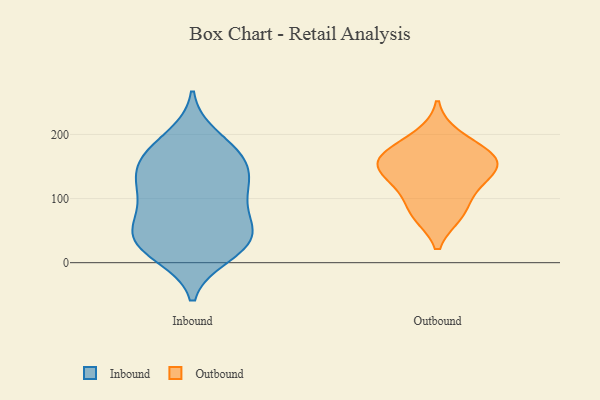
{"axis": {"x": "Humidity (%)", "y": "Value"}, "legend": ["Inbound", "Outbound"], "data": [{"x": "", "y": 166, "type": "Inbound"}, {"x": "", "y": 197, "type": "Inbound"}, {"x": "", "y": 103, "type": "Inbound"}, {"x": "", "y": 161, "type": "Inbound"}, {"x": "", "y": 68, "type": "Inbound"}, {"x": "", "y": 23, "type": "Inbound"}, {"x": "", "y": 122, "type": "Inbound"}, {"x": "", "y": 57, "type": "Inbound"}, {"x": "", "y": 148, "type": "Inbound"}, {"x": "", "y": 49, "type": "Inbound"}, {"x": "", "y": 112, "type": "Inbound"}, {"x": "", "y": 50, "type": "Inbound"}, {"x": "", "y": 29, "type": "Inbound"}, {"x": "", "y": 16, "type": "Inbound"}, {"x": "", "y": 157, "type": "Inbound"}, {"x": "", "y": 131, "type": "Inbound"}, {"x": "", "y": 99, "type": "Inbound"}, {"x": "", "y": 41, "type": "Inbound"}, {"x": "", "y": 11, "type": "Inbound"}, {"x": "", "y": 182, "type": "Inbound"}, {"x": "", "y": 198, "type": "Outbound"}, {"x": "", "y": 127, "type": "Outbound"}, {"x": "", "y": 168, "type": "Outbound"}, {"x": "", "y": 159, "type": "Outbound"}, {"x": "", "y": 75, "type": "Outbound"}, {"x": "", "y": 113, "type": "Outbound"}, {"x": "", "y": 149, "type": "Outbound"}, {"x": "", "y": 170, "type": "Outbound"}, {"x": "", "y": 147, "type": "Outbound"}, {"x": "", "y": 77, "type": "Outbound"}]}